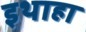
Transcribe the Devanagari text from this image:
इथाहा